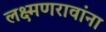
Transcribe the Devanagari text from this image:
लक्ष्मणरावांना